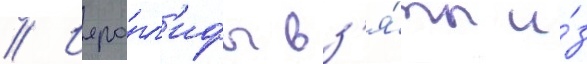
// Иеро́гл'ифы вз'я́ты и́з